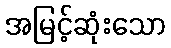
အမြင့်ဆုံးသော